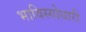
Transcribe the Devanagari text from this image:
भाविस्योधारी